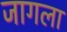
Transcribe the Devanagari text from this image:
जागला